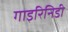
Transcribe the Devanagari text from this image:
गाइरिनिडी